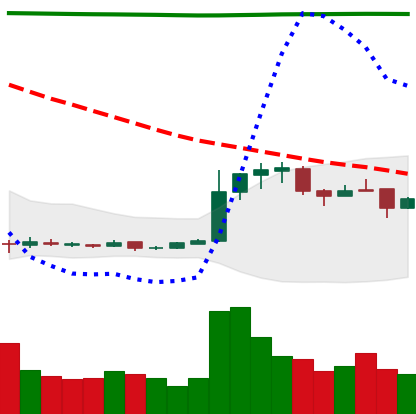
Ticker: DOGE-USD
Chart end date: 2018-12-26
Forward return: -5.174%
Label: down_5_7